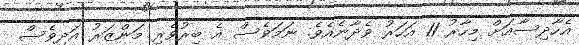
އެހާދިސާއަށް މިހާރު 11 އަހަރު ވެދާނެއެވެ. ނަމަވެސް އެ ބިރުވެރި މަންޒަރު އަދިވެސް